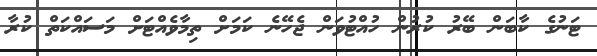
ޓަނުގެ ކާބަން ބޭރު ކުރުން ހުއްޓުވަން ޖެހޭނެ ކަމަށް ތިމާވެއްޓަށް މަސައްކަތް ކުރާ